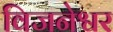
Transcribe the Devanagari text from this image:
विजनेश्वर